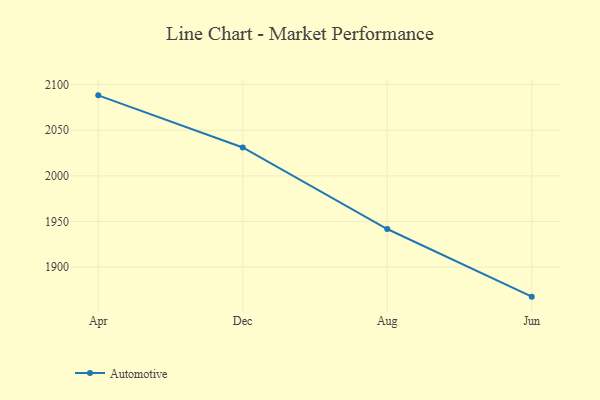
{"axis": {"x": "Month", "y": "Temperature (°C)"}, "legend": ["Automotive"], "data": [{"x": "Apr", "y": 2088.2, "type": "Automotive"}, {"x": "Dec", "y": 2031.1, "type": "Automotive"}, {"x": "Aug", "y": 1941.7, "type": "Automotive"}, {"x": "Jun", "y": 1867.6, "type": "Automotive"}]}